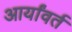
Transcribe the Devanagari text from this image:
आर्यांवर्त